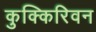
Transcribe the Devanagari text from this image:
कुक्किरिवन